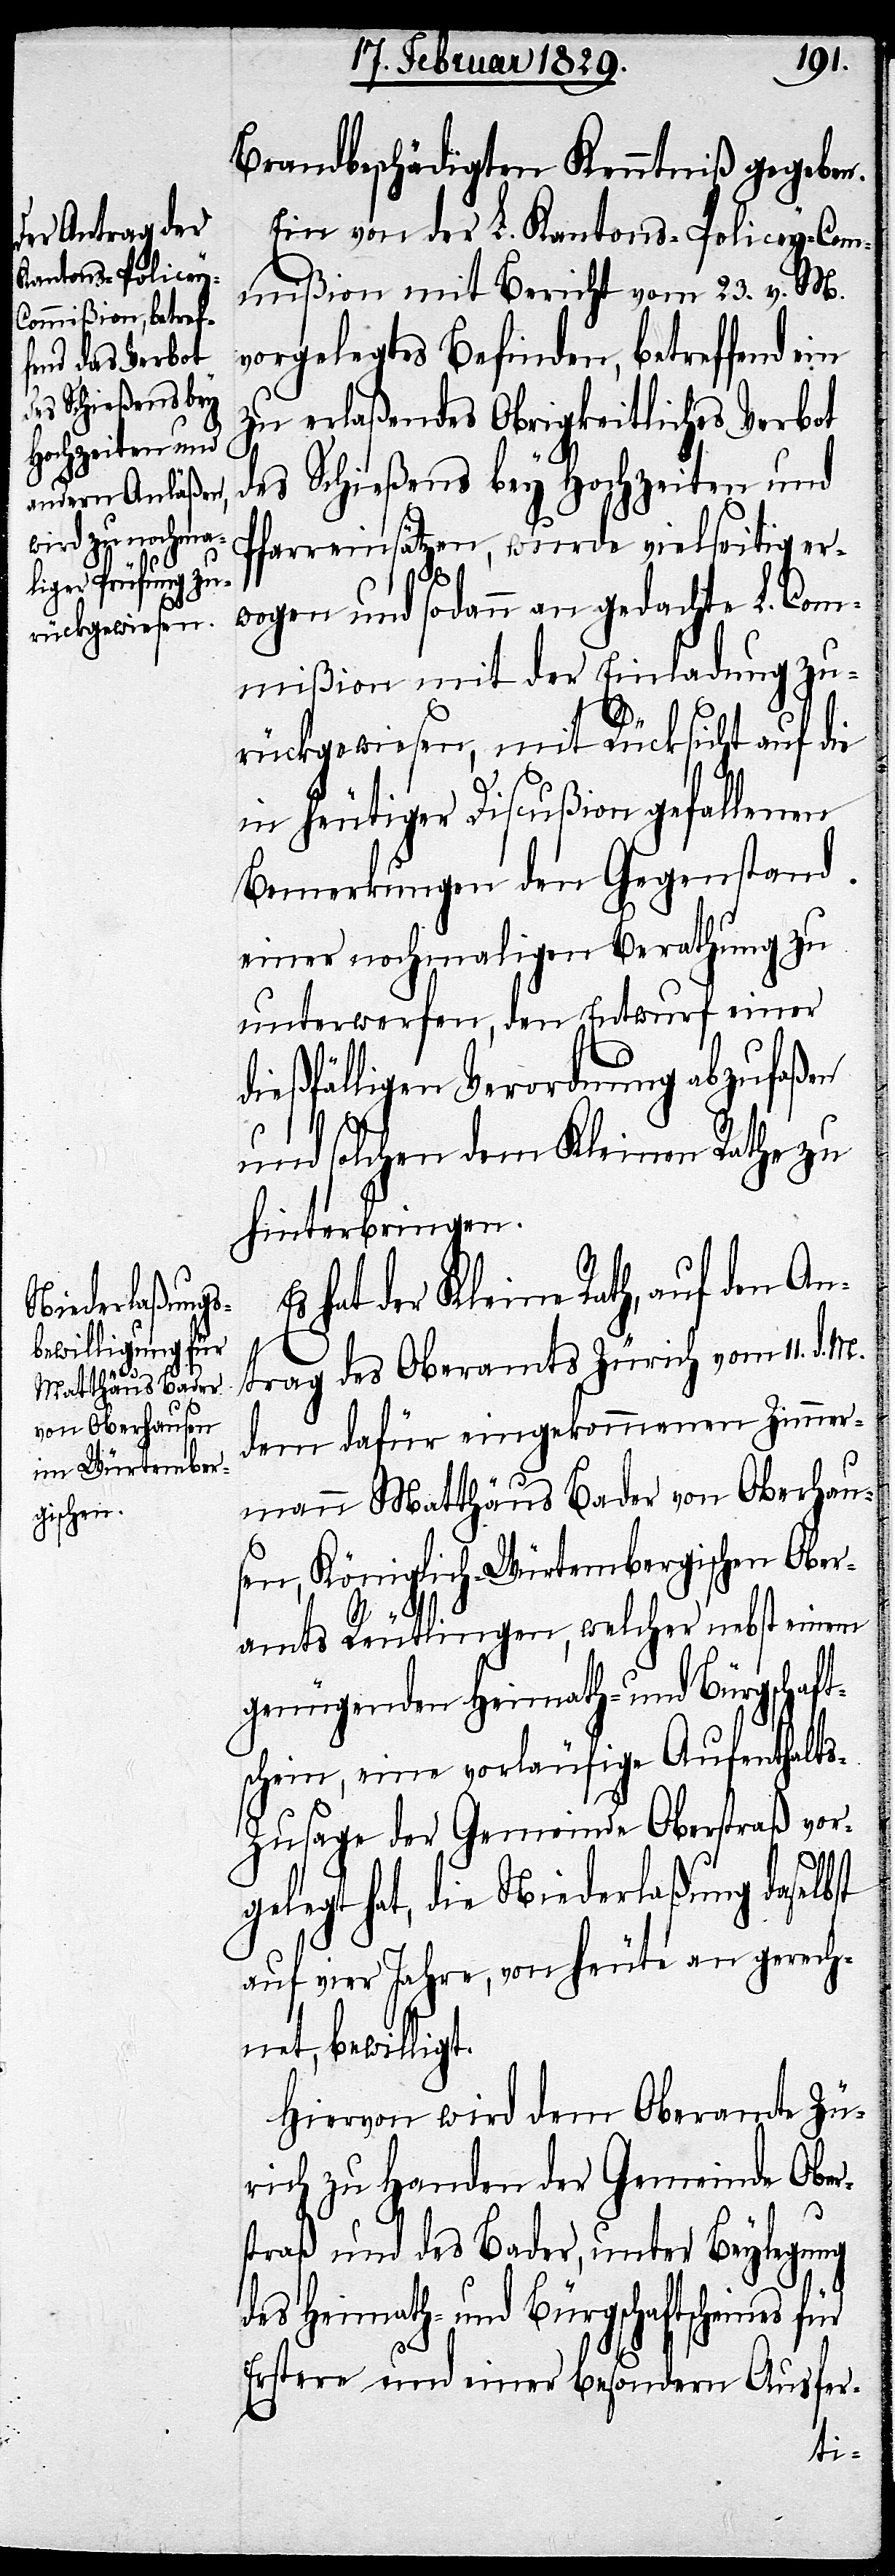
Brandbeschädigten Kenntniß gegeben.
Ein von der L. Kantons-Policey-Com¬
mißion mit Bericht vom 23. v. M.
vorgelegtes Befinden, betreffend ein
zu erlaßendes Obrigkeitliches Verbot
des Schießens bey Hochzeiten und
Pfarreinsätzen, wurde vielseitig er¬
wogen und sodann an gedachte L. Com¬
mißion mit der Einladung zu¬
rückgewiesen, mit Rücksicht auf die
in heutiger Discußion gefallenen
Bemerkungen den Gegenstand
einer nochmaligen Berathung zu
unterwerfen, den Entwurf einer
dießfälligen Verordnung abzufaßen
und solchen dem Kleinen Rathe zu
hinterbringen.
hat der Kleine Rath, auf den An¬
trag des Oberamts Zürich vom 11. d. M.
dem dafür eingekommenen Zimmer¬
mann Matthäus Bader von Oberhau¬
sen, Königlich Würtembergischen Ober¬
amts Reutlingen, welcher nebst einem
genügenden Heimath- und Bürgschaft¬
schein, eine vorläufige Aufenthalt¬
s-Zusage der Gemeinde Oberstraß vor¬
gelegt hat, die Niederlaßung daselbst
auf vier Jahre, von heute an gerech¬
net, bewilligt.
Hiervon wird dem Oberamte Zü¬
rich zu Handen der Gemeinde Ober¬
straß und des Bader, unter Beylegung
des Heimath- und Bürgschaftscheines
Erstere und einer besondern Ausfer-